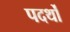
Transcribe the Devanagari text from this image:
पदर्थों